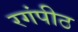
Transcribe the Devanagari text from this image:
रगंपीठ